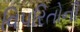
વિપરિતોની